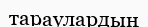
тараулардың